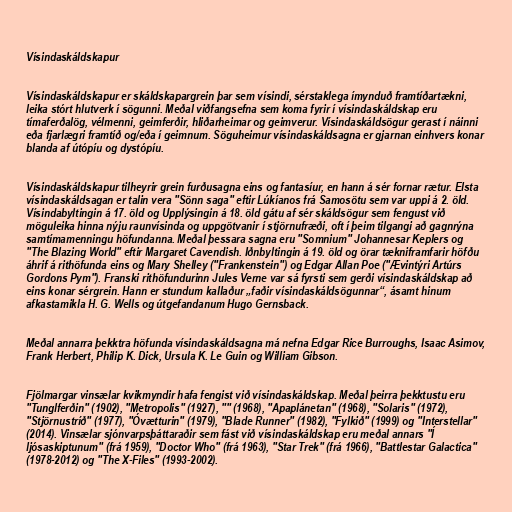
Vísindaskáldskapur

Vísindaskáldskapur er skáldskapargrein þar sem vísindi, sérstaklega ímynduð framtíðartækni,
leika stórt hlutverk í sögunni. Meðal viðfangsefna sem koma fyrir í vísindaskáldskap eru
tímaferðalög, vélmenni, geimferðir, hliðarheimar og geimverur. Vísindaskáldsögur gerast í náinni
eða fjarlægri framtíð og/eða í geimnum. Söguheimur vísindaskáldsagna er gjarnan einhvers konar
blanda af útópíu og dystópíu.

Vísindaskáldskapur tilheyrir grein furðusagna eins og fantasíur, en hann á sér fornar rætur. Elsta
vísindaskáldsagan er talin vera "Sönn saga" eftir Lúkíanos frá Samosötu sem var uppi á 2. öld.
Vísindabyltingin á 17. öld og Upplýsingin á 18. öld gátu af sér skáldsögur sem fengust við
möguleika hinna nýju raunvísinda og uppgötvanir í stjörnufræði, oft í þeim tilgangi að gagnrýna
samtímamenningu höfundanna. Meðal þessara sagna eru "Somnium" Johannesar Keplers og
"The Blazing World" eftir Margaret Cavendish. Iðnbyltingin á 19. öld og örar tækniframfarir höfðu
áhrif á rithöfunda eins og Mary Shelley ("Frankenstein") og Edgar Allan Poe ("Ævintýri Artúrs
Gordons Pym"). Franski rithöfundurinn Jules Verne var sá fyrsti sem gerði vísindaskáldskap að
eins konar sérgrein. Hann er stundum kallaður „faðir vísindaskáldsögunnar“, ásamt hinum
afkastamikla H. G. Wells og útgefandanum Hugo Gernsback.

Meðal annarra þekktra höfunda vísindaskáldsagna má nefna Edgar Rice Burroughs, Isaac Asimov,
Frank Herbert, Philip K. Dick, Ursula K. Le Guin og William Gibson.

Fjölmargar vinsælar kvikmyndir hafa fengist við vísindaskáldskap. Meðal þeirra þekktustu eru
"Tunglferðin" (1902), "Metropolis" (1927), "" (1968), "Apaplánetan" (1968), "Solaris" (1972),
"Stjörnustríð" (1977), "Óvætturin" (1979), "Blade Runner" (1982), "Fylkið" (1999) og "Interstellar"
(2014). Vinsælar sjónvarpsþáttaraðir sem fást við vísindaskáldskap eru meðal annars "Í
ljósaskiptunum" (frá 1959), "Doctor Who" (frá 1963), "Star Trek" (frá 1966), "Battlestar Galactica"
(1978-2012) og "The X-Files" (1993-2002).